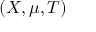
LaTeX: ( X , \mu , T )